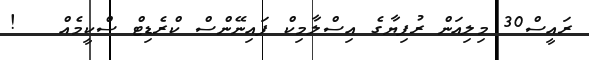
ރައީސް30 މިލިއަން ރުފިޔާގެ އިސްލާމިކް ފައިނޭންސް ކްރެޑިޓް ސްކީމެއް   !